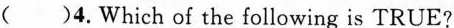
( )4.Which of the following is TRUE?